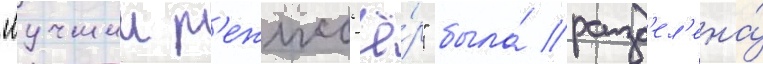
"лучшии р'ежисс'ё́р" была́ разд'ел'ена́